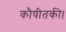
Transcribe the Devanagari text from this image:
कौषीतकी।